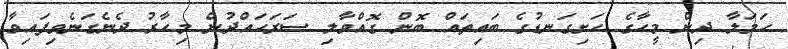
ހަމަލާ ދިން މީހާގެ ހަށިގަނޑުގެ ބައިތައް ބޮން ގޮއްވާލި ސަރަހައްދުން މިހާރު ދެނެގަނެވިފައިވާ